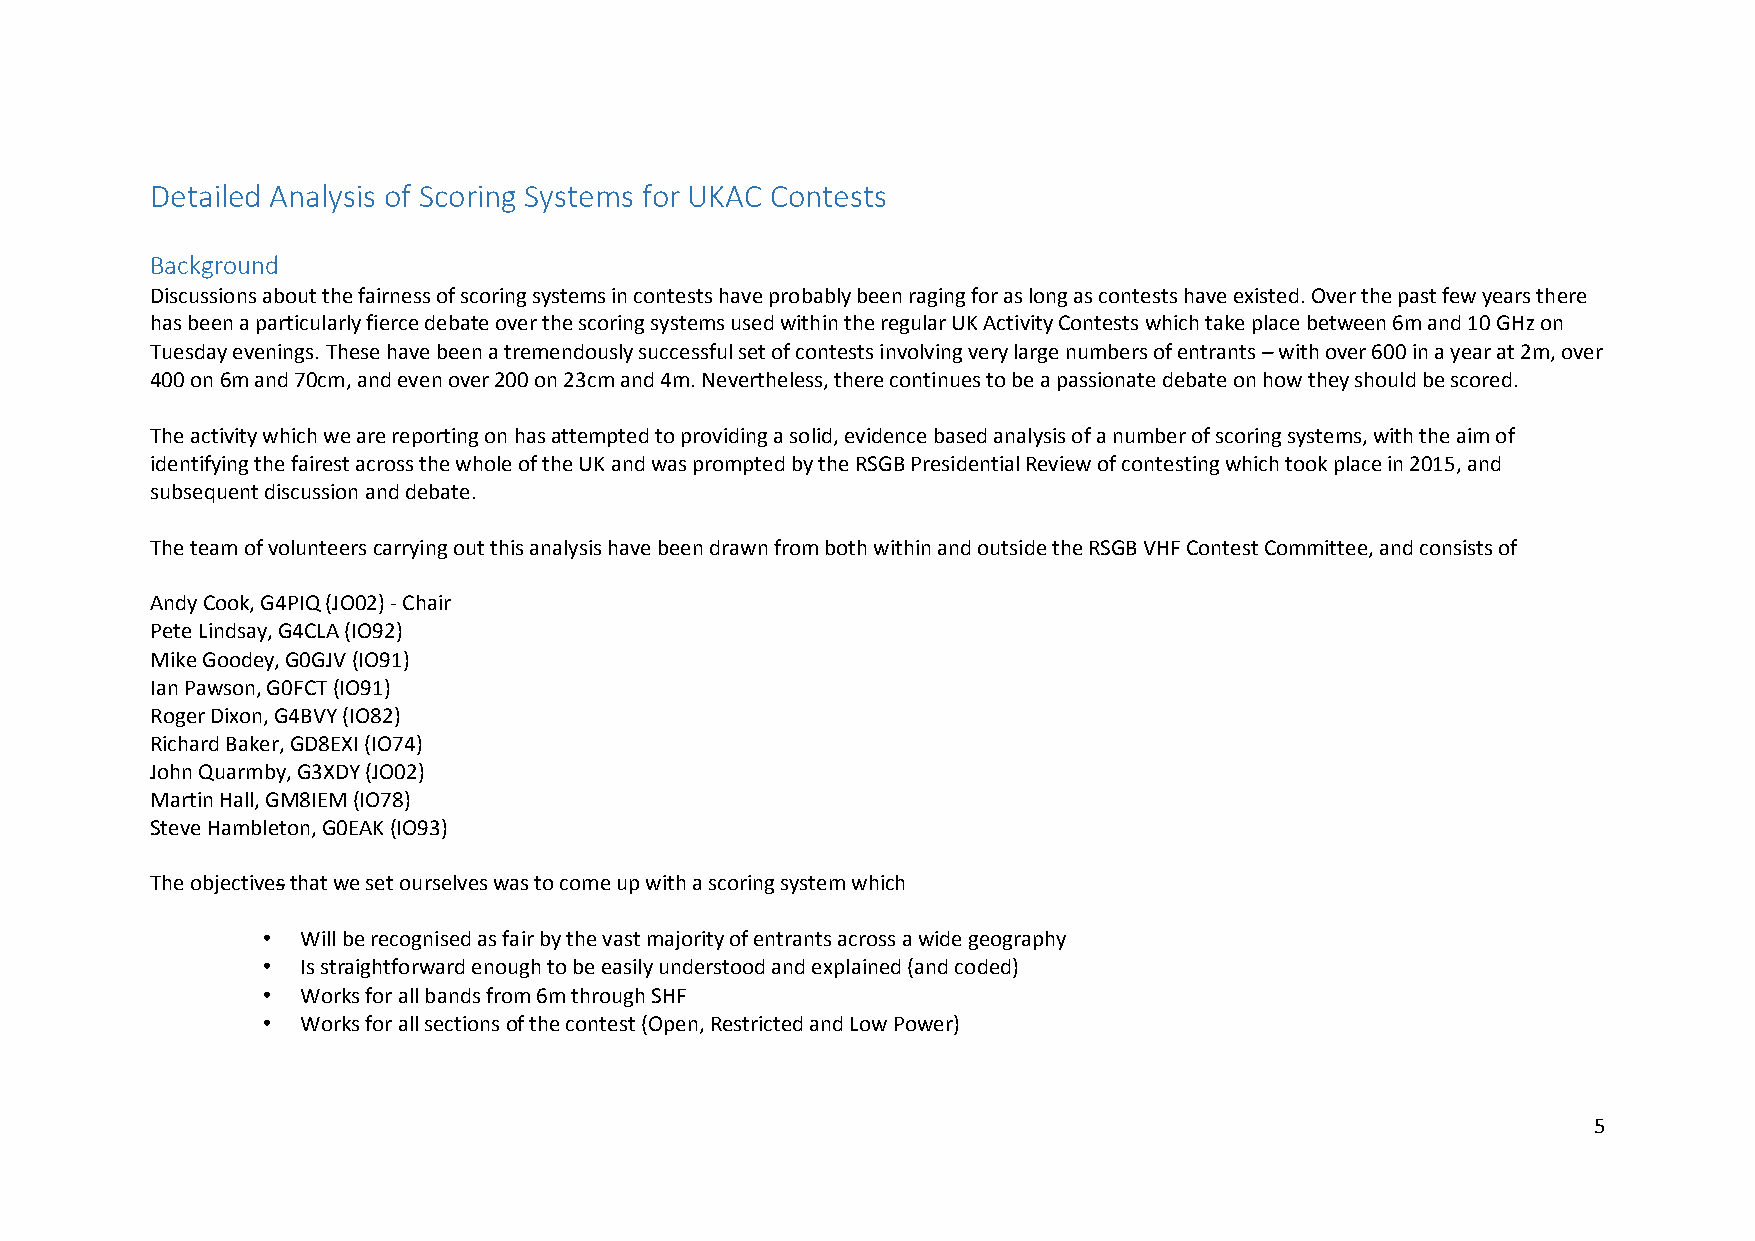
Detailed Analysis of Scoring Systems for UKAC Contests
 Background
 Discussions about the fairness of scoring systems in contests have probably been raging for as long as contests have existed. Over the past few years there
 has been a particularly fierce debate over the scoring systems used within the regular UK Activity Contests which take place between 6m and 10 GHz on
 Tuesday evenings. These have been a tremendously successful set of contests involving very large numbers of entrants – with over 600 in a year at 2m, over
 400 on 6m and 70cm, and even over 200 on 23cm and 4m. Nevertheless, there continues to be a passionate debate on how they should be scored.
 The activity which we are reporting on has attempted to providing a solid, evidence based analysis of a number of scoring systems, with the aim of
 identifying the fairest across the whole of the UK and was prompted by the RSGB Presidential Review of contesting which took place in 2015, and
 subsequent discussion and debate.
 The team of volunteers carrying out this analysis have been drawn from both within and outside the RSGB VHF Contest Committee, and consists of
 Andy Cook, G4PIQ (JO02) - Chair
 Pete Lindsay, G4CLA (IO92)
 Mike Goodey, G0GJV (IO91)
 Ian Pawson, G0FCT (IO91)
 Roger Dixon, G4BVY (IO82)
 Richard Baker, GD8EXI (IO74)
 John Quarmby, G3XDY (JO02)
 Martin Hall, GM8IEM (IO78)
 Steve Hambleton, G0EAK (IO93)
 The objectives that we set ourselves was to come up with a scoring system which
 •  Will be recognised as fair by the vast majority of entrants across a wide geography
 •  Is straightforward enough to be easily understood and explained (and coded)
 •  Works for all bands from 6m through SHF
 •  Works for all sections of the contest (Open, Restricted and Low Power)
 5